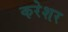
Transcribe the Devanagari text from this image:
करेशर